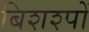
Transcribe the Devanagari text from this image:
बिशश्पों